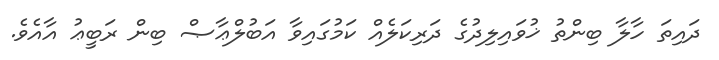
ދައިތަ ހާލާ ބިންތު ޚުވައިލިދުގެ ދަރިކަލެއް ކަމުގައިވާ އަބުލްޢާޞް ބިން ރަބީޢު އާއެވެ.